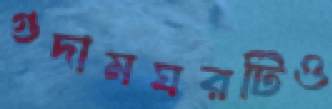
গুদামঘরটিও